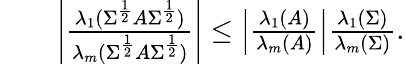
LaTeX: \begin{array}{rlr}&{}&{\left|\frac{\lambda_{1}(\Sigma^{\frac{1}{2}}A\Sigma^{\frac{1}{2}})}{\lambda_{m}(\Sigma^{\frac{1}{2}}A\Sigma^{\frac{1}{2}})}\right|\leq\left|\frac{\lambda_{1}(A)}{\lambda_{m}(A)}\right|\frac{\lambda_{1}(\Sigma)}{\lambda_{m}(\Sigma)}.}\end{array}